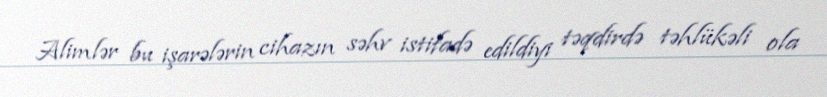
Alimlər bu işarələrin cihazın səhv istifadə edildiyi təqdirdə təhlükəli ola